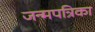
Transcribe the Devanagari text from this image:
जन्मपत्रिका